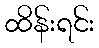
ထိန်းရင်း